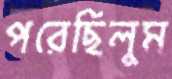
পরেছিলুম